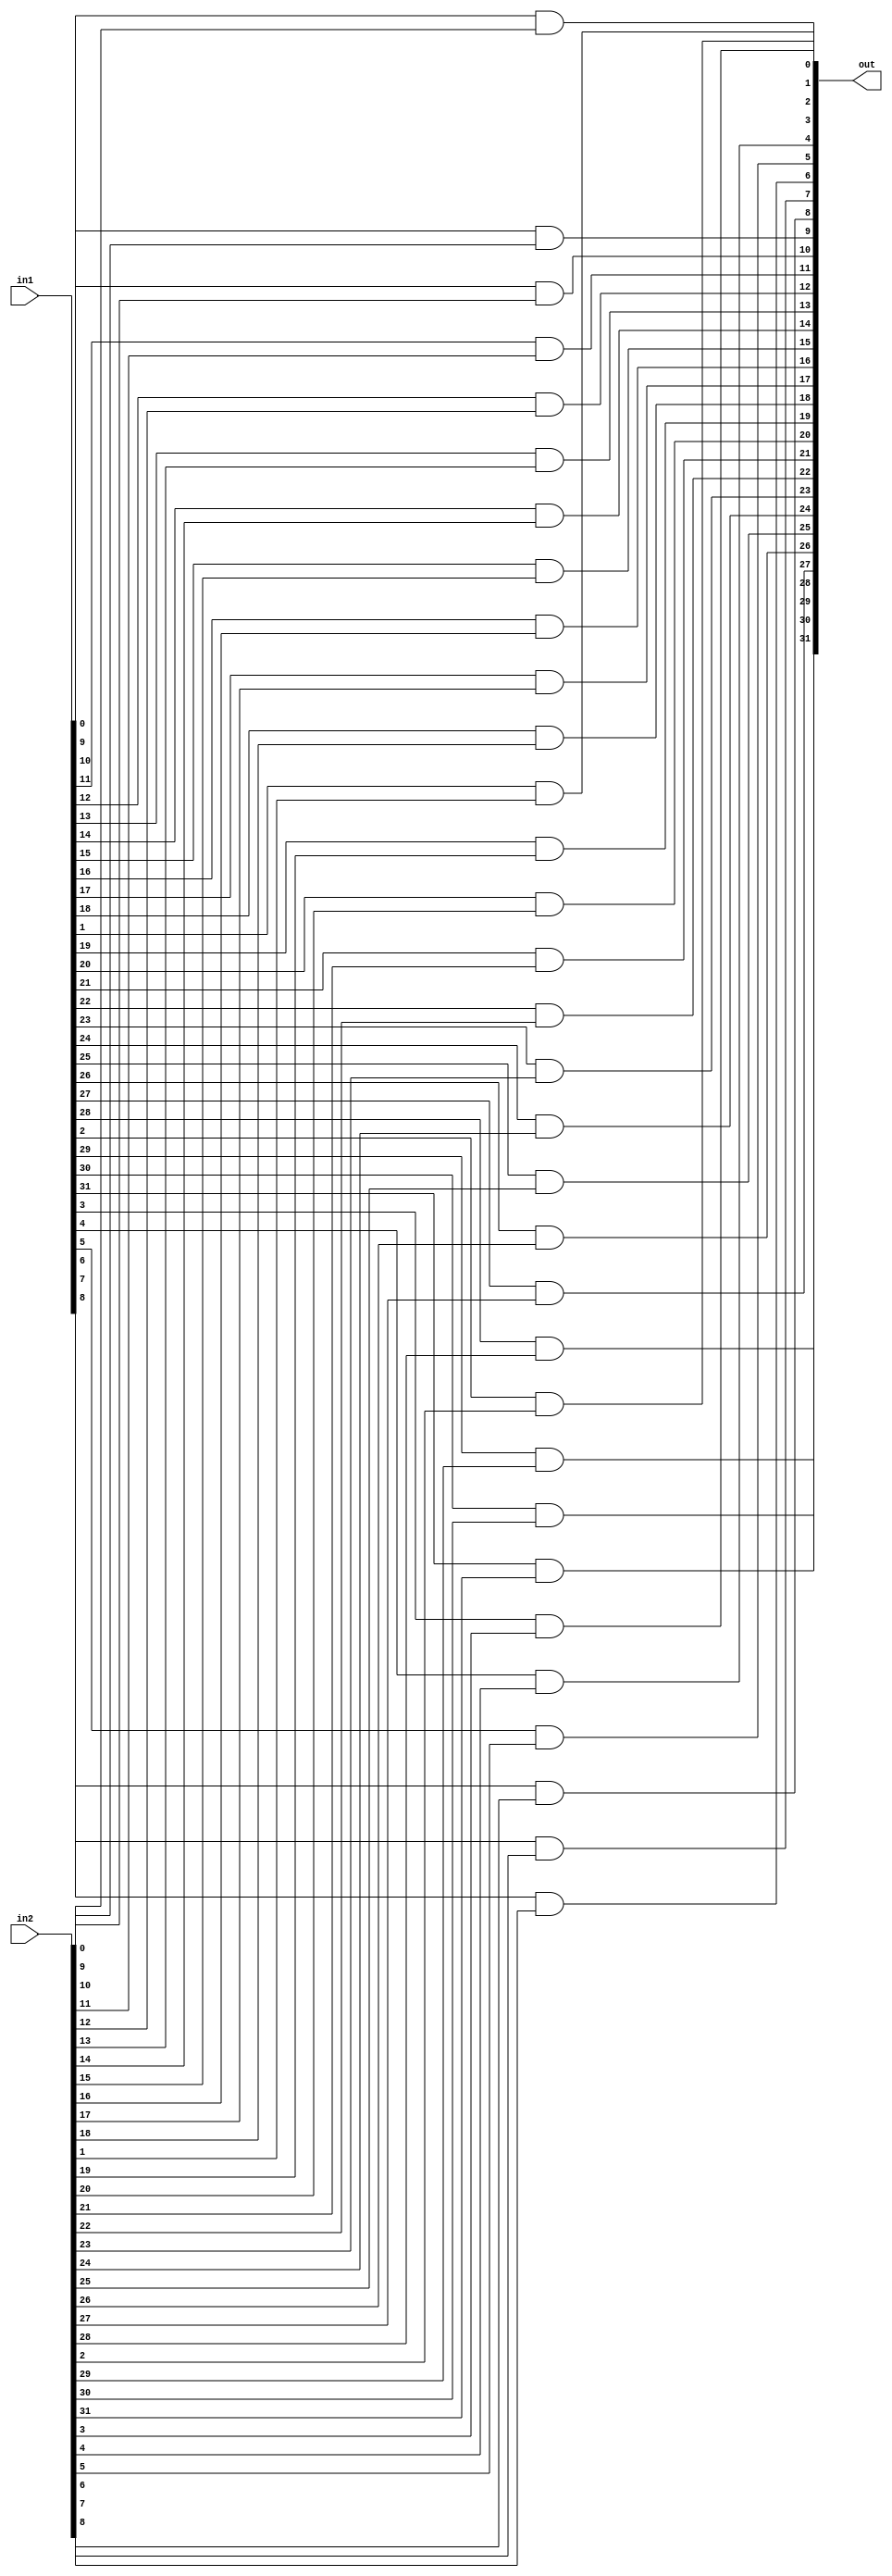
module and32(out, in1, in2);

	input [31:0] in1, in2;
	output [31:0] out;
	
	genvar c;
	generate
		for(c=0; c<32;c=c+1) begin: loop
			and and1(out[c], in1[c], in2[c]);
		end
	endgenerate

endmodule